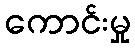
ကောင်းမှု